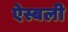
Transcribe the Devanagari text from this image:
ऐस्बली